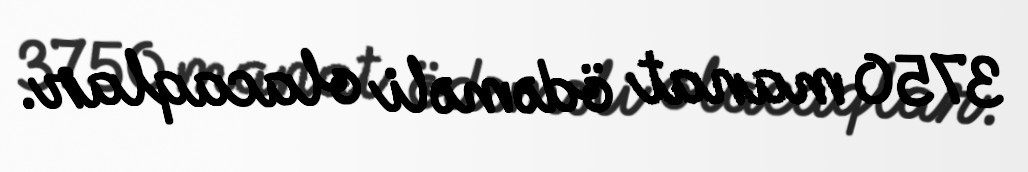
3750 manat ödəməli olacaqlar.